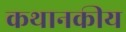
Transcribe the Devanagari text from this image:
कथानकीय